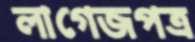
লাগেজপত্র